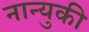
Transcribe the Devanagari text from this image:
नान्युकी